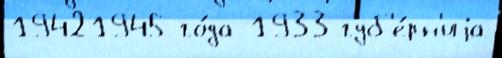
19421945 го́да 1933 губ'е́рн'иjа